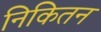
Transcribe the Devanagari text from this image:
निकितन